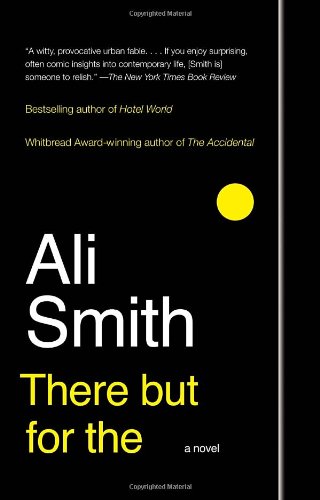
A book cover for There But For The: A Novel; Ali Smith; Literature & Fiction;